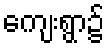
ကျေးရွာ၌